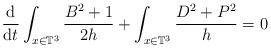
LaTeX: \begin{align*}\frac{{\rm d}}{{\rm d}t}\int_{x\in\mathbb{T}^3}\frac{B^2+1}{2h} + \int_{x\in\mathbb{T}^3}\frac{D^2+P^2}{h} = 0\end{align*}